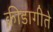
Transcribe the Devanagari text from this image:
क्रीडागीते